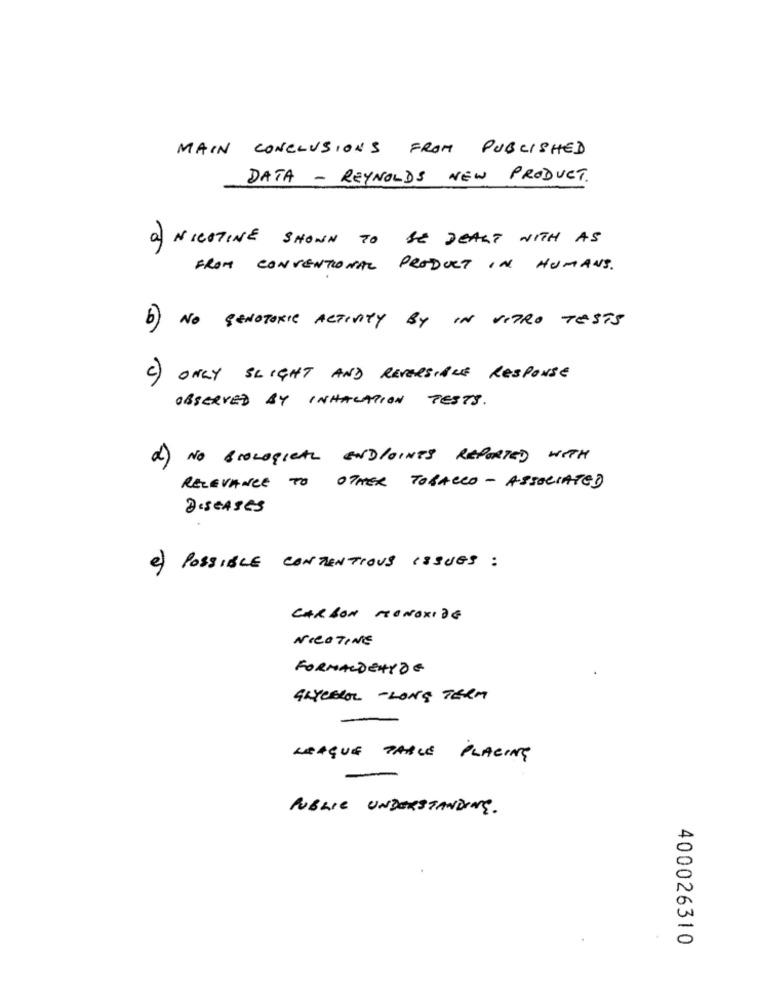
MAIN CONCLUSIONS FROM PUBLISHED
DATA - REYNOLDS NEW PRODUCT.
a) NICOTINE SHOWN TO BE DEALT WITH AS
FROM CONVENTIONAL PRODUCT IN HUMANS.
b) NO GENOTOXIC ACTIVITY BY IN VITRO TESTS
c) ONLY SLIGHT AND REVERSIBLE RESPONSE
OBSERVED BY INHALATION TESTS.
2) NO BIOLOGICAL ENDPOINTS REPORTED WITH
RELEVANCE TO OTHER TOBACCO - ASSOCIATED
DISEASES
2) POSSIBLE CONTENTIOUS ISSUES :
CARBON MONOXIDE
NICOTINE
FORMALDEHYDE
GLYCEROL - LONG TERM
LEAQUE PARLE PLACING
PUBLIC UNDERSTANDING.
400026310